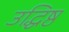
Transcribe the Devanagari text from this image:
उद्धिष्ठ